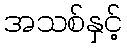
အသစ်နှင့်